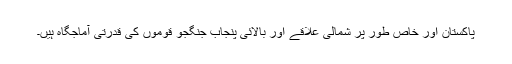
پاکستان اور خاص طور پر شمالی علاقے اور بالائی پنجاب جنگجو قوموں کی قدرتی آماجگاہ ہیں۔